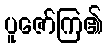
ပူဇော်ကြ၏